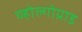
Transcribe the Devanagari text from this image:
व्होल्गोग्राड